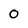
Character: 0